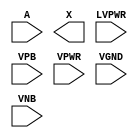
/**
 * Copyright 2020 The SkyWater PDK Authors
 *
 * Licensed under the Apache License, Version 2.0 (the "License");
 * you may not use this file except in compliance with the License.
 * You may obtain a copy of the License at
 *
 *     https://www.apache.org/licenses/LICENSE-2.0
 *
 * Unless required by applicable law or agreed to in writing, software
 * distributed under the License is distributed on an "AS IS" BASIS,
 * WITHOUT WARRANTIES OR CONDITIONS OF ANY KIND, either express or implied.
 * See the License for the specific language governing permissions and
 * limitations under the License.
 *
 * SPDX-License-Identifier: Apache-2.0
 */

`ifndef SKY130_FD_SC_HVL__LSBUFLV2HV_PP_SYMBOL_V
`define SKY130_FD_SC_HVL__LSBUFLV2HV_PP_SYMBOL_V

/**
 * lsbuflv2hv: Level-shift buffer, low voltage-to-high voltage,
 *             isolated well on input buffer, double height cell.
 *
 * Verilog stub (with power pins) for graphical symbol definition
 * generation.
 *
 * WARNING: This file is autogenerated, do not modify directly!
 */

`timescale 1ns / 1ps
`default_nettype none

(* blackbox *)
module sky130_fd_sc_hvl__lsbuflv2hv (
    //# {{data|Data Signals}}
    input  A    ,
    output X    ,

    //# {{power|Power}}
    input  LVPWR,
    input  VPB  ,
    input  VPWR ,
    input  VGND ,
    input  VNB
);
endmodule

`default_nettype wire
`endif  // SKY130_FD_SC_HVL__LSBUFLV2HV_PP_SYMBOL_V